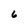
Character: 6